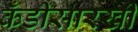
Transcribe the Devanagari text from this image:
कँडीसारखी